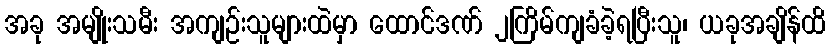
အခု အမျိုးသမီး အကျဉ်းသူများထဲမှာ ထောင်ဒဏ် ၂ကြိမ်ကျခံခဲ့ရပြီးသူ၊ ယခုအချိန်ထိ